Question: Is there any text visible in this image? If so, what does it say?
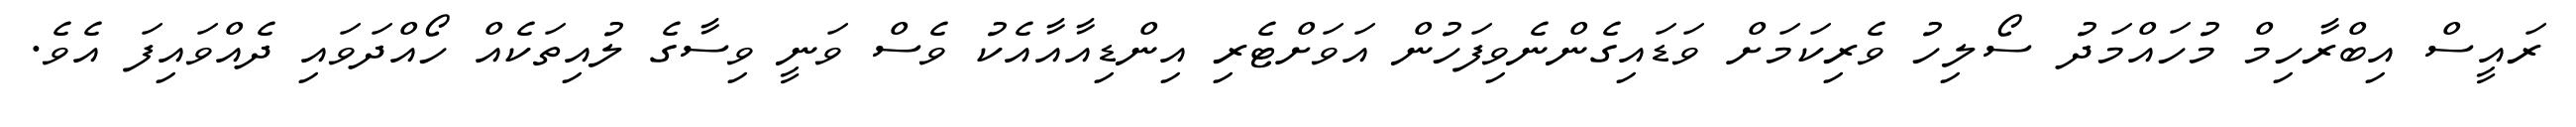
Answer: ރައީސް އިބްރާހިމް މުހައްމަދު ސޯލިހު ވެރިކަމަށް ވަޑައިގެންނެވިފަހުން އަވަށްޓެރި އިންޑިއާއާއެކު ވެސް ވަނީ ވިސާގެ ލުއިތަކެއް ހޯއްދަވައި ދެއްވައިފަ އެވެ.